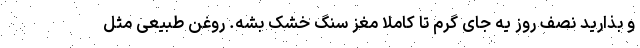
و بذارید نصف روز یه جای گرم تا کاملا مغز سنگ خشک بشه. روغن طبیعی مثل